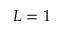
L = 1